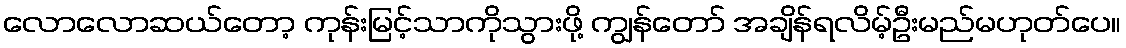
လောလောဆယ်တော့ ကုန်းမြင့်သာကိုသွားဖို့ ကျွန်တော် အချိန်ရလိမ့်ဦးမည်မဟုတ်ပေ။